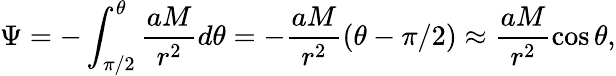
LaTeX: \Psi=-\int_{\pi/2}^{\theta}\frac{aM}{r^{2}}d\theta=-\frac{aM}{r^{2}}(\theta-\pi/2)\approx\frac{aM}{r^{2}}\cos\theta,